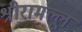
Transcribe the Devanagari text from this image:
श्रीरामल्लू